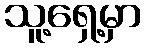
သူ့ရှေ့မှာ